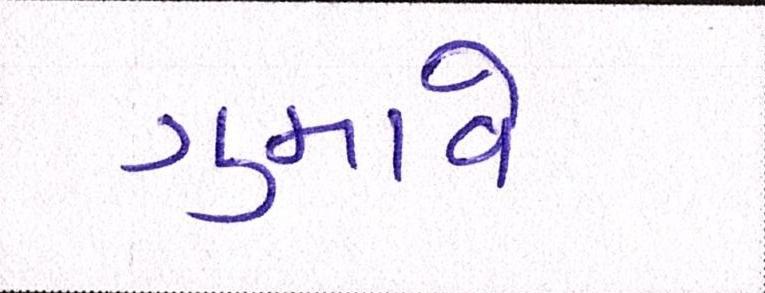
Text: ગુમાવે